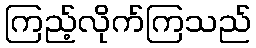
ကြည့်လိုက်ကြသည်